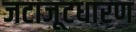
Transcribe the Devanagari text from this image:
जटाजूटधारण